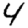
Digit: 4